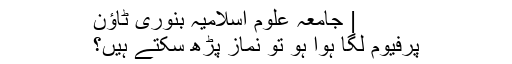
| جامعہ علوم اسلامیہ بنوری ٹاؤن
پرفیوم لگا ہوا ہو تو نماز پڑھ سکتے ہیں؟